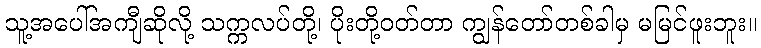
သူ့အပေါ်အကျီဆိုလို့ သက္ကလပ်တို့၊ ပိုးတို့ဝတ်တာ ကျွန်တော်တစ်ခါမှ မမြင်ဖူးဘူး။